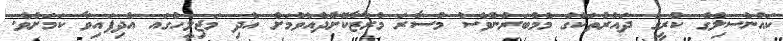
ކައުންސިލްގެ ކުރީގެ ދައުރުތަކުގެ މެމްބަރުންވެސް މުސާރަ މުރާޒާކޮށްދެއްވުމަށް އެދި މަޖިލީހުގައ އެދިފައިވާ ކަމަށެވެ.